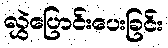
လွှဲပြောင်းပေးခြင်း